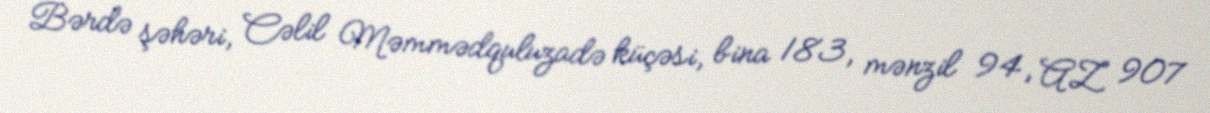
Bərdə şəhəri, Cəlil Məmmədquluzadə küçəsi, bina 183, mənzil 94, AZ 907